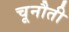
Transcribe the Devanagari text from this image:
चूनौती